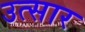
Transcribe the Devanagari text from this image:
उत्सार